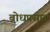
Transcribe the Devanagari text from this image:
बोधप्रसाद